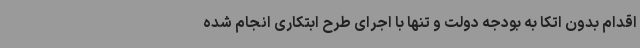
اقدام بدون اتکا به بودجه دولت و تنها با اجرای طرح ابتکاری انجام شده